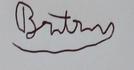
Signature authenticity: forged